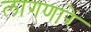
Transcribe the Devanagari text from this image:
लागणारें